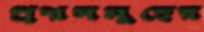
প্রশ্নসমূহের